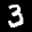
Label: 3